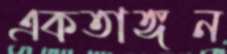
একতাঙ্গন